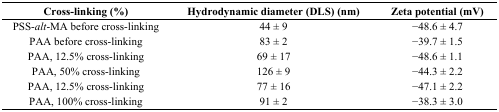
<table><thead><tr><td><b>Cross-linking (%)</b></td><td><b>Hydrodynamic diameter (DLS) (nm)</b></td><td><b>Zeta potential (mV)</b></td></tr></thead><tbody><tr><td>PSS-<i>alt</i>-MA before cross-linking</td><td>44 ± 9</td><td>−48.6 ± 4.7</td></tr><tr><td>PAA before cross-linking</td><td>83 ± 2</td><td>−39.7 ± 1.5</td></tr><tr><td>PAA, 12.5% cross-linking</td><td>69 ± 17</td><td>−48.6 ± 1.1</td></tr><tr><td>PAA, 50% cross-linking</td><td>126 ± 9</td><td>−44.3 ± 2.2</td></tr><tr><td>PAA, 12.5% cross-linking</td><td>77 ± 16</td><td>−47.1 ± 2.2</td></tr><tr><td>PAA, 100% cross-linking</td><td>91 ± 2</td><td>−38.3 ± 3.0</td></tr></tbody></table>